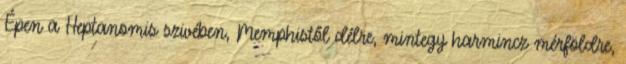
Épen a Heptanomis szivében, Memphistől délre, mintegy harmincz mérföldre,